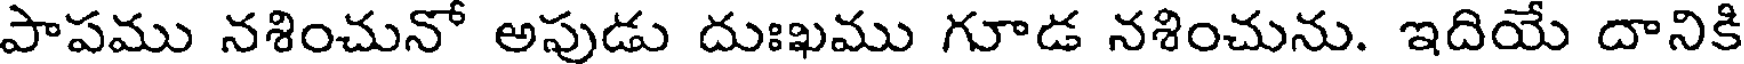
పాపము నశించునో అపుడు దుఃఖము గూడ నశించును. ఇదియే దానికి